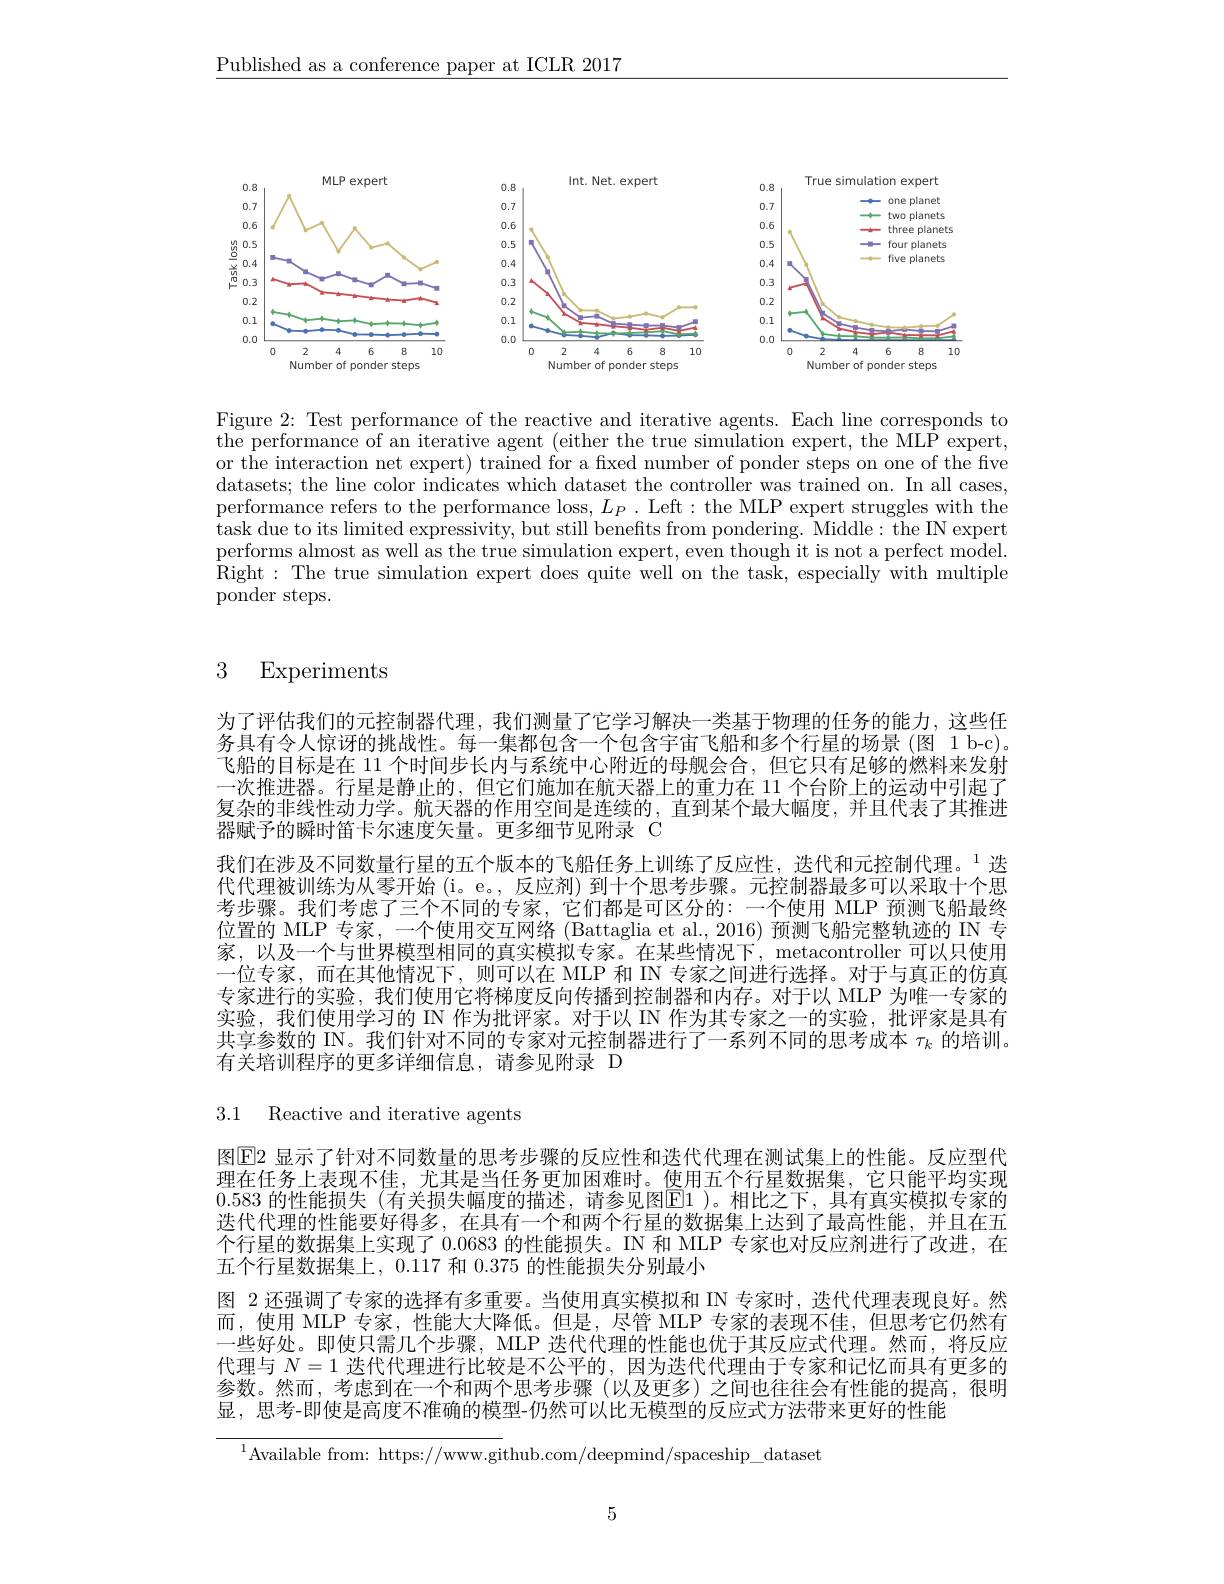
$\underline{\text{Published as a conference paper at ICLR 2017}}$

<FigureHere>

Figure 2: Test performance of the reactive and iterative agents. Each line corresponds to the performance of an iterative agent ( either the true simulation expert, the ML$\bar{P}$ expert, the ML$\bar{P}$ expert, the the ML$\bar{P}$ expert, the the d or the interaction net expert) trained for a fixed number of ponder steps on one of the five datasets; the line color indicates which dataset the controller was trained on. In all cases, performance refers to the performance loss, $L_P.$ Left: the MLP expert struggles with the task due to its limited expressivity, but still benefts from pondering. Middle: the IN expert performs almost as well as the true simulation expert, even though it is not a perfect model. ${\hat{\text{Right: The true simulation expert does quite well on the task, especially with multiple}}}$ ${\mathrm{ponder~steps.}}$

## 3 Experiments

为了评估我们的元控制器代理，我们测量了它学习解决一类基于物理的任务的能力，这些任务具有令人惊讶的挑战性。每一集都包含一个包含宇宙飞船和多个行星的场景 (图 1 b-c)。飞船的目标是在 11 个时间步长内与系统中心附近的母舰会合，但它只有足够的燃料来发射一次推进器。行星是静止的，但它们施加在航天器上的重力在 11 个台阶上的运动中引起了复杂的非线性动力学。航天器的作用空间是连续的，直到某个最大幅度，并且代表了其推进器赋予的瞬时笛卡尔速度矢量。更多细节见附录 C
我们在涉及不同数量行星的五个版本的飞船任务上训练了反应性，迭代和元控制代理。$^{1}$迭代代理被训练为从零开始 (i。e。, 反应剂) 到十个思考步骤。元控制器最多可以采取十个思考步骤。我们考虑了三个不同的专家，它们都是可区分的：一个使用 MLP 预测飞船最终位置的 MLP 专家，一个使用交互网络 (Battaglia et al., 2016) 预测飞船完整轨迹的 IN 专家，以及一个与世界模型相同的真实模拟专家。在某些情况下，metacontroller 可以只使用一位专家，而在其他情况下，则可以在 MLP 和 IN 专家之间进行选择。对于与真正的仿真专家进行的实验，我们使用它将梯度反向传播到控制器和内存。对于以 MLP 为唯一专家的实验，我们使用学习的 IN 作为批评家。对于以 IN 作为其专家之一的实验，批评家是具有共享参数的 IN。我们针对不同的专家对元控制器进行了一系列不同的思考成本$\tau_k$的培训。有关培训程序的更多详细信息，请参见附录 D

3.1 Reactive and iterative agents

图$\boxed{\mathrm{E}}2$ 显示了针对不同数量的思考步骤的反应性和迭代代理在测试集上的性能。反应型代理在任务上表现不佳，尤其是当任务更加困难时。使用五个行星数据集，它只能平均实现0.583 的性能损失(有关损失幅度的描述，请参见图$\mathbb{E}1$ )。相比之下，具有真实模拟专家的迭代代理的性能要好得多，在具有一个和两个行星的数据集上达到了最高性能，并且在五个行星的数据集上实现了0.0683的性能损失。IN 和 MLP 专家也对反应剂进行了改进，在五个行星数据集上，0.117 和0.375的性能损失分别最小
图 2 还强调了专家的选择有多重要。当使用真实模拟和 IN 专家时，迭代代理表现良好。然而，使用 MLP 专家，性能大大降低。但是，尽管 MLP 专家的表现不佳，但思考它仍然有一些好处。即使只需几个步骤，MLP 迭代代理的性能也优于其反应式代理。然而，将反应代理与$N=1$迭代代理进行比较是不公平的，因为迭代代理由于专家和记忆而具有更多的参数。然而，考虑到在一个和两个思考步骤(以及更多)之间也往往会有性能的提高，很明显，思考-即使是高度不准确的模型-仍然可以比无模型的反应式方法带来更好的性能

$^{1}$Available from: https://www.github.com/deepmind/spaceship\_dataset

5